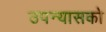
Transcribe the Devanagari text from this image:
उपन्यासको